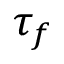
\tau _ { f }